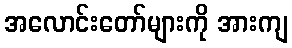
အလောင်းတော်များကို အားကျ